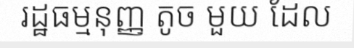
រដ្ឋធម្មនុញ្ញ តូច មួយ ដែល